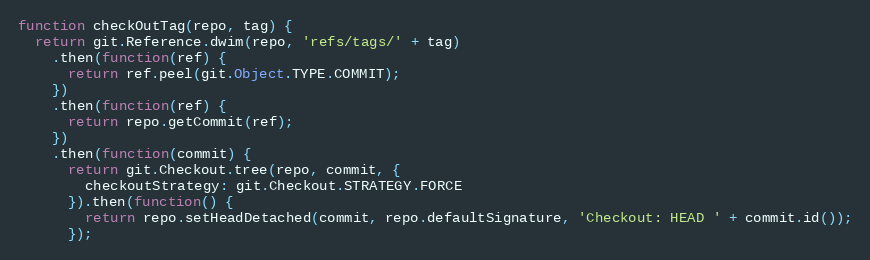
Language: JavaScript
function checkOutTag(repo, tag) {
  return git.Reference.dwim(repo, 'refs/tags/' + tag)
    .then(function(ref) {
      return ref.peel(git.Object.TYPE.COMMIT);
    })
    .then(function(ref) {
      return repo.getCommit(ref);
    })
    .then(function(commit) {
      return git.Checkout.tree(repo, commit, {
        checkoutStrategy: git.Checkout.STRATEGY.FORCE
      }).then(function() {
        return repo.setHeadDetached(commit, repo.defaultSignature, 'Checkout: HEAD ' + commit.id());
      });